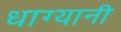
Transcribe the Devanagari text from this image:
धाग्यानी